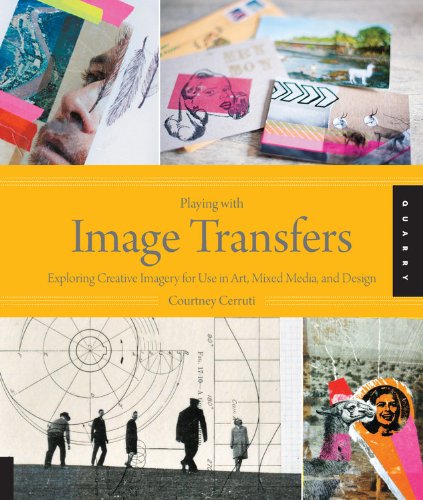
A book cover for Playing with Image Transfers: Exploring Creative Imagery for Use in Art, Mixed Media, and Design; Courtney Cerruti; Crafts, Hobbies & Home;